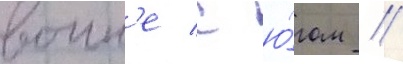
воин'е с ю́гом //